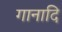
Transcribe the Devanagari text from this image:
गानादि